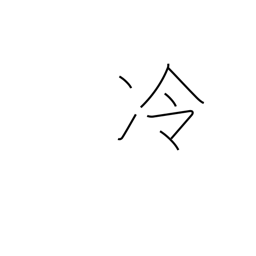
Meaning: cool